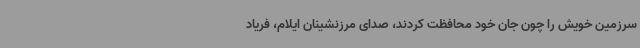
سرزمین خویش را چون جان خود محافظت کردند، صدای مرزنشینان ایلام، فریاد